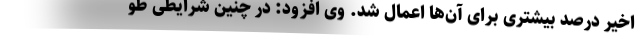
اخیر درصد بیشتری برای آن‌ها اعمال شد. وی افزود: در چنین شرایطی طو